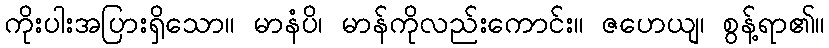
ကိုးပါးအပြားရှိသော။ မာနံပိ၊ မာန်ကိုလည်းကောင်း။ ဇဟေယျ၊ စွန့်ရာ၏။